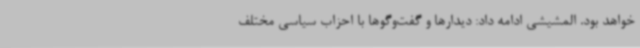
خواهد بود. المشیشی ادامه داد: دیدارها و گفت‌وگوها با احزاب سیاسی مختلف